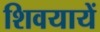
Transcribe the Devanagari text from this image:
शिवयायें